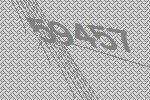
59457